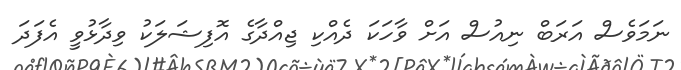
ނަމަވެސް އަރަބް ނިއުސް އަށް ވާހަކަ ދެއްކި ޖިއްދާގެ އޮފިޝަލަކު ވިދާޅުވީ އެފަދަ